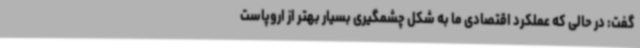
گفت: در حالی که عملکرد اقتصادی ما به شکل چشمگیری بسیار بهتر از اروپاست